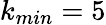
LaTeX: k_{min}=5